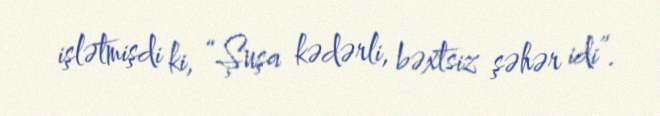
işlətmişdi ki, “Şuşa kədərli, bəxtsiz şəhər idi”.